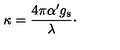
\kappa = { \frac { 4 \pi \alpha ^ { \prime } g _ { \mathrm { s } } } { \lambda } } \cdotp